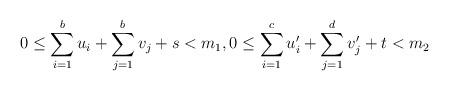
LaTeX: \begin{gather*} 0\leq \sum_{i=1}^b u_i+\sum_{j=1}^b v_j+s<m_1,0\leq \sum_{i=1}^c u'_i+\sum_{j=1}^d v'_j+t <m_2 \end{gather*}